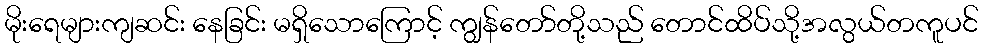
မိုးရေများကျဆင်း နေခြင်း မရှိသောကြောင့် ကျွန်တော်တို့သည် တောင်ထိပ်သို့အလွယ်တကူပင်